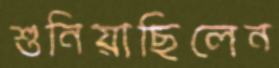
শুনিয়াছিলেন